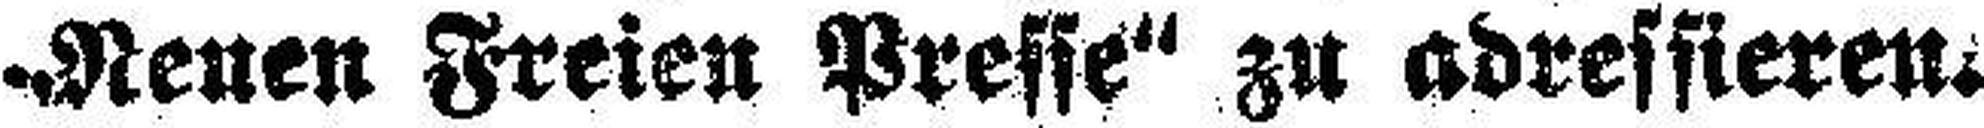
Neuen Freien Presse“ zu adressieren.